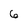
Character: 6